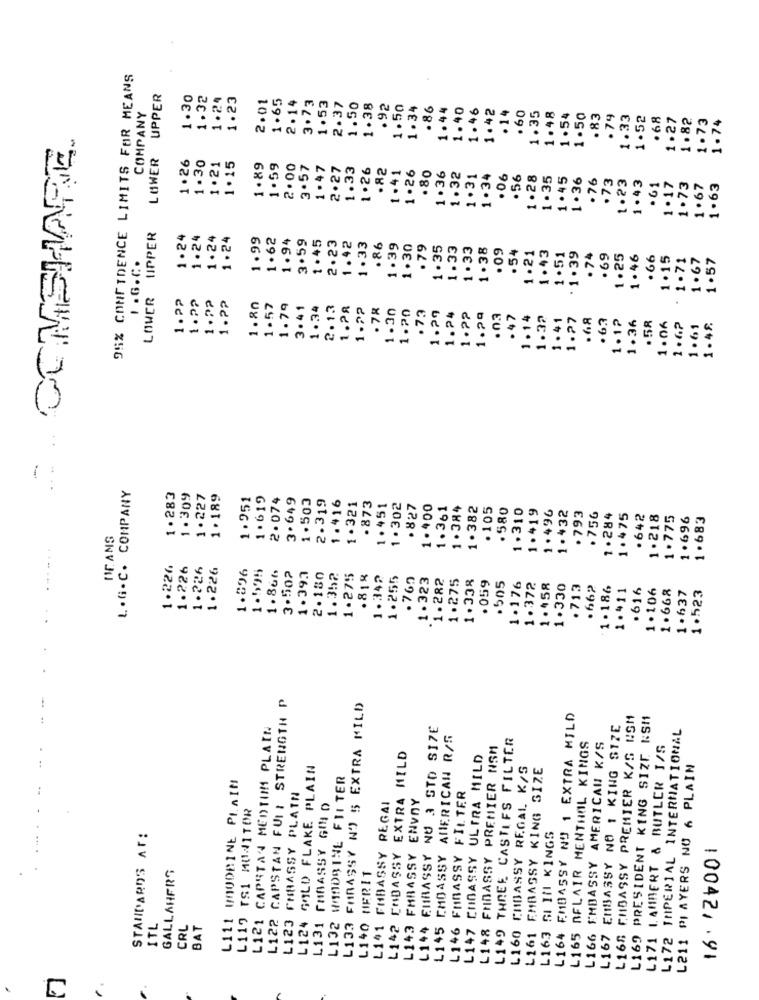
95% CONFIDENCE LIMITS FOR MEANS
LOWER UPPER
1.30
1.32
1.24
1.23
2.01
1.65
2.14
3.73
1.53
2.37
1.50
1.38
.92
1.50
1.34
.86
1.44
1.40
1.46
1.42
. 14
COMPANY
.60
1.35
1.48
1.54
1.50
.83
.79
1.33
1.52
.68
1.27
1.82
1.73
1.74
COMSHARE
1 .26
1.30
1.21
1.15
1.89
1.59
2.00
3.57
1 . 47
2.27
1.33
1 .26
.82
1.41
1.26
.80
1 .36
1.32
1.31
1 .34
.06
.56
1.28
1.35
1.45
1 .36
76
.73
1.23
1.43
1.17
. 61
1.73
1 .67
1.63
LOWER UPPER
1.24
1.24
1.24
1.24
1.99
1.62
1.94
3.59
1.45
2.23
1.42
1.33
.86
1.39
1.30
.79
1.35
1.33
1.33
1 .38
. 09
. 54
1.21
1.43
1.51
.1.39
. 74
. 69
1.25
1.46
.66
1.15
1.71
1.67
1.57
1 . G. C.
1.22
1.22
1.22
1 .??
1.80
1.57
1.79
3.41
1.34
2.13
1.28
1.22
.78
1.30
1.20
.73
1.29
1.24
1 .??
1.29
.03
. 47
1.14
1.32
1.41
1.27
.68
. 63
1.1?
1.36
. 58
1.06
1.62
1 .61
1.48
-
L . G . C. COMPANY
1.283
1.309
1.227
1.189
1.951
1.619
2.074
3.649
1.503
2.319
1.416
.873
1.321
1.451
1 .302
.827
1.400
1.361
1.384
1.382
. 105
. 580
1.310
1.419
1.496
1. 432
.793
. 756
1.284
1.475
. 642
1 . 218
1.775
1.696
1 .683
IF ANS
1.226
1.226
1.226
1.226
1.896
1.595
1.866
3.502
1.397
2. 180
1.352
1.275
.818
1.342
1.255
.769
1.323
1.282
1.275
1.338
. 059
.505
1.176
1.372
1.458
1.330
. 713
. 662
1 . 186
1.411
.616
1.106
1.668
1.637
1.523
L122 CAPSTAN FULI STRENGTH P
L133 FIRASSY NO 5 EXTRA MILD
L164 EMBASSY NO 1 EXTRA MILD
L168 EMBASSY PREMIER K/S USM
L169 PRESIDENT KING SIZE KSM
L121 CAPSTAN MEDTUM PLAIN
L144 EMBASSY NU 3 STD SIZE
L167 EMBASSY NO 1 KING SIZE
L172 IMPERIAL INTERNATIONAL
L145 CMOASSY AMERICAN R/S
L149 THREE CASTIFS FILTER
L165 RFLAIR MENTHOL KINGS
FMDASSY PREMIER NSM
L166 EMBASSY AMERICAN K/S
L171 LAMBERT & BUTLER I/S
L142 EMBASSY EXTRA MILD
CHOASSY ULTRA MILD
L124 GOLD FLAKE PLAIN
L160 CMBASSY REGAL K/S
L161 EMBASSY KING SIZE
L211 PLAYERS NO 6 PLAIN
L111 WOODBINE PLAIN
L132 WOODBINE FILTER
L123 EMBASSY PLATN
L143 FMBASSY ENVOY
L146 FMMASSY FILTER
L119 TS1 MONITOR
L131 GMBASSY GIN D
L141 FMBASSY REGAI
STANDARDS AT:
L163 SI IN KINGS
GALLAHFRO
L140 HERIT
ITL
CRL
BAT
L147
L148
10042.91
.